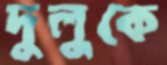
দুলুকে